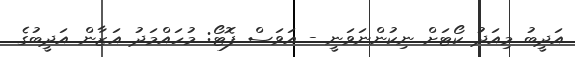
އަދީބު މިއަދު ކޯޓަށް ނިކުންނަވަނީ - އަވަސް ފޮޓޯ: މުހައްމަދު އަޒާން އަދީބުގެ